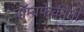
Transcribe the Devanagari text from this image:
बॉम्बफेकींनी